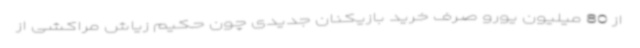
از 80 میلیون یورو صرف خرید بازیکنان جدیدی چون حکیم زیاش مراکشی از